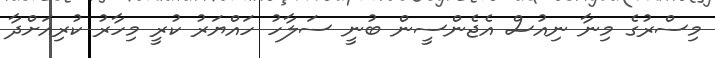
މިސްރުގެ މިނާ ނިއުސް އެޖެންސީން ބުނީ ސަލާހު ހައްޔަރު ކުރީ މިހާރު ކުރިއަށްދާ